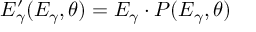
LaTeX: E _ { \gamma } ^ { \prime } ( E _ { \gamma } , \theta ) = E _ { \gamma } \cdot P ( E _ { \gamma } , \theta )